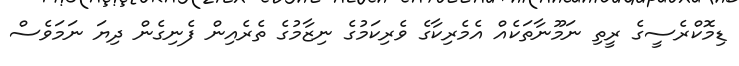
ޑިމޮކްރެސީގެ ރީތި ނަމޫނާތަކެއް އެމެރިކާގެ ވެރިކަމުގެ ނިޒާމުގެ ތެރެއިން ފެނިގެން ދިޔަ ނަމަވެސް